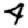
Digit: 4